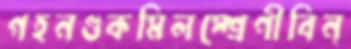
গহনগুকমিলস্শ্রেণীবিন্